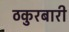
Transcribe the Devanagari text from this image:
ठकुरबारी